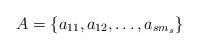
LaTeX: \begin{align*}A=\{a_{11},a_{12},\ldots,a_{sm_s}\}\end{align*}